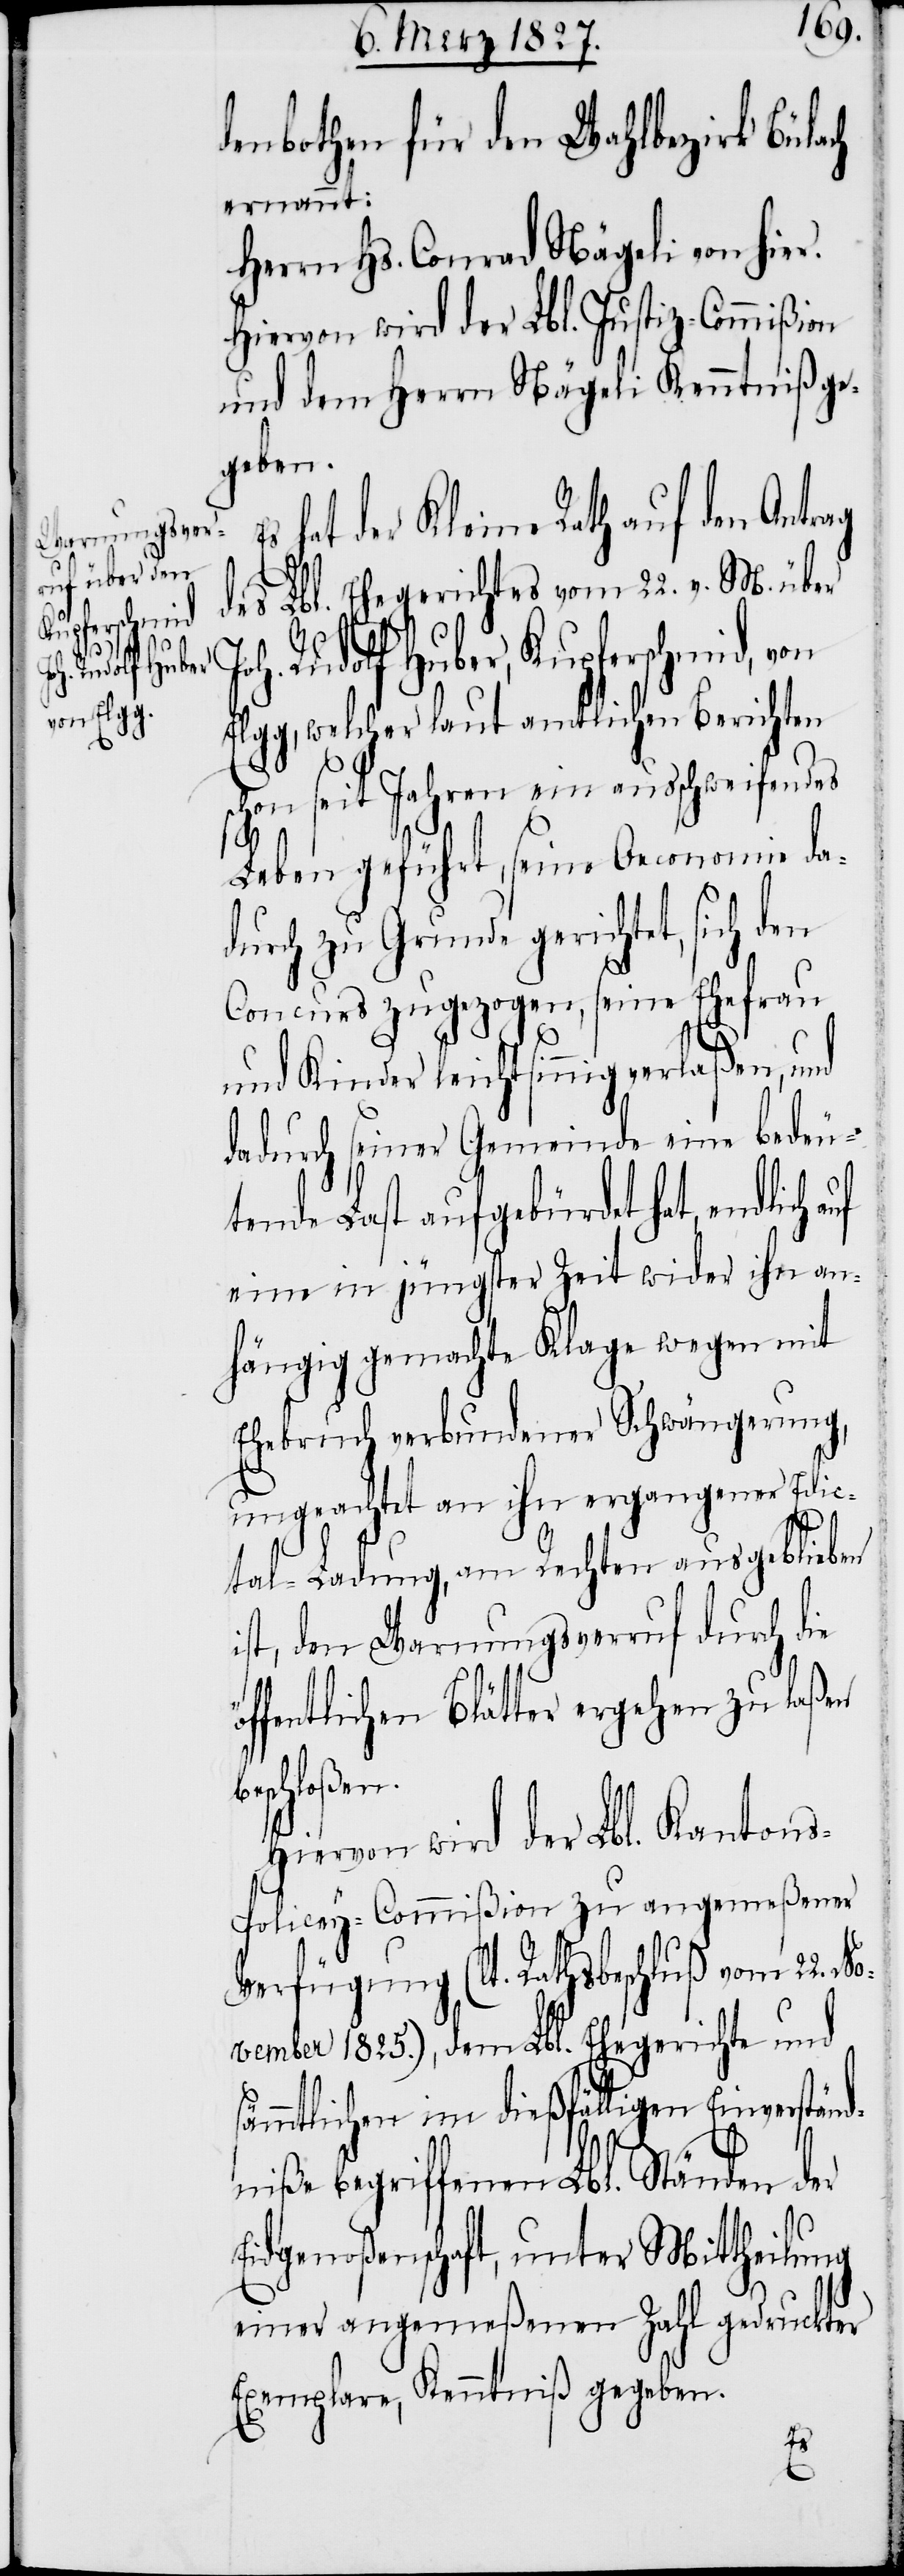
denbothen für den Wahlbezirk Bülach
ernannt:
Herrn Hs. Conrad Nägeli von hier.
Hiervon wird der Lbl. Justiz-Commißion
und dem Herrn Nägeli Kenntniß ge¬
geben.
hat der Kleine Rath auf den Antrag
b¬
des Lbl. Ehegerichtes vom 22. v. M. über
Rudolf Huber, Kupferschmid, von
Elgg, welcher laut amtlichen Berichten
schon seit Jahren ein ausschweifendes
Leben geführt, seine Oeconomie da¬
durch zu Grunde gerichtet, sich den
Concurs zugezogen, seine Ehefrau
und Kinder leichtsinnig verlaßen, und
dadurch seiner Gemeinde eine bedeu¬
tende Last aufgebürdet hat, endlich auf
eine in jüngster Zeit wider ihn an¬
hängig gemachte Klage wegen mit
Ehebruch verbundener Schwängerung,
ungeachtet an ihn ergangener Edic¬
tal-Ladung, am Rechten ausgeblieben
ist, den Warnungsverruf durch die
ffentlichen Blätter ergehen zu laßen
eschloßen.
Hiervon wird der Lbl. Kanton¬
s-Policey-Commißion zu angemeßener
Verfügung (lt. Rathsbeschluß vom 22. N¬
ovember 1825.), dem Lbl. Ehegerichte und
sämmtlichen im dießfälligen Einverständ¬
niße begriffenen Lbl. Ständen der
Eidgenoßenschaft, unter Mittheilung
einer angemeßenen Zahl gedruckter
Exemplare, Kenntniß gegeben